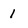
Character: 1